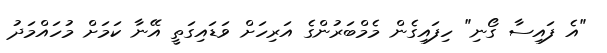
"އެ ފައިސާ ގޯނި" ހިފައިގެން މެމްބަރުންގެ އަރިހަށް ވަޑައިގަތީ އޭނާ ކަމަށް މުހައްމަދު